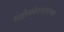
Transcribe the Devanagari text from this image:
यशोवर्मननंतरच्या